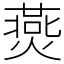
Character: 㷼